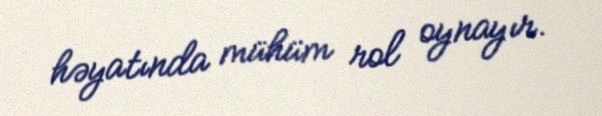
həyatında mühüm rol oynayır.